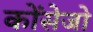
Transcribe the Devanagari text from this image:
कोंसेजो